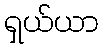
ရှယ်ယာ